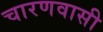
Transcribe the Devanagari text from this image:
चारणवासी